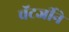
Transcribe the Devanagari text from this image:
चॅटर्जीने